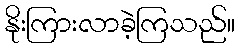
နိုးကြားလာခဲ့ကြသည်။